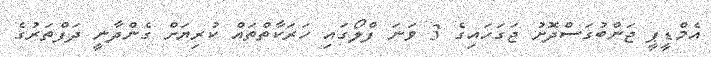
އެމްޑީޕީ ޖަންބުގަސްދޮށު ޖަގަހައިގެ 3 ވަނަ ފްލޯގައި ހަރަކާތްތައް ކުރިޔަށް ގެންދާނީ ދަފްތަރުގެ